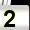
Digit: 2